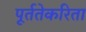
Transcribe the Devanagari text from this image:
पूर्ततेकरिता